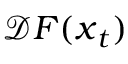
\mathcal { D } \boldsymbol { F } ( \boldsymbol { x } _ { t } )